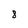
Character: 8